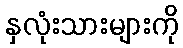
နှလုံးသားများကို